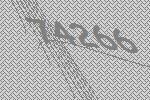
74266